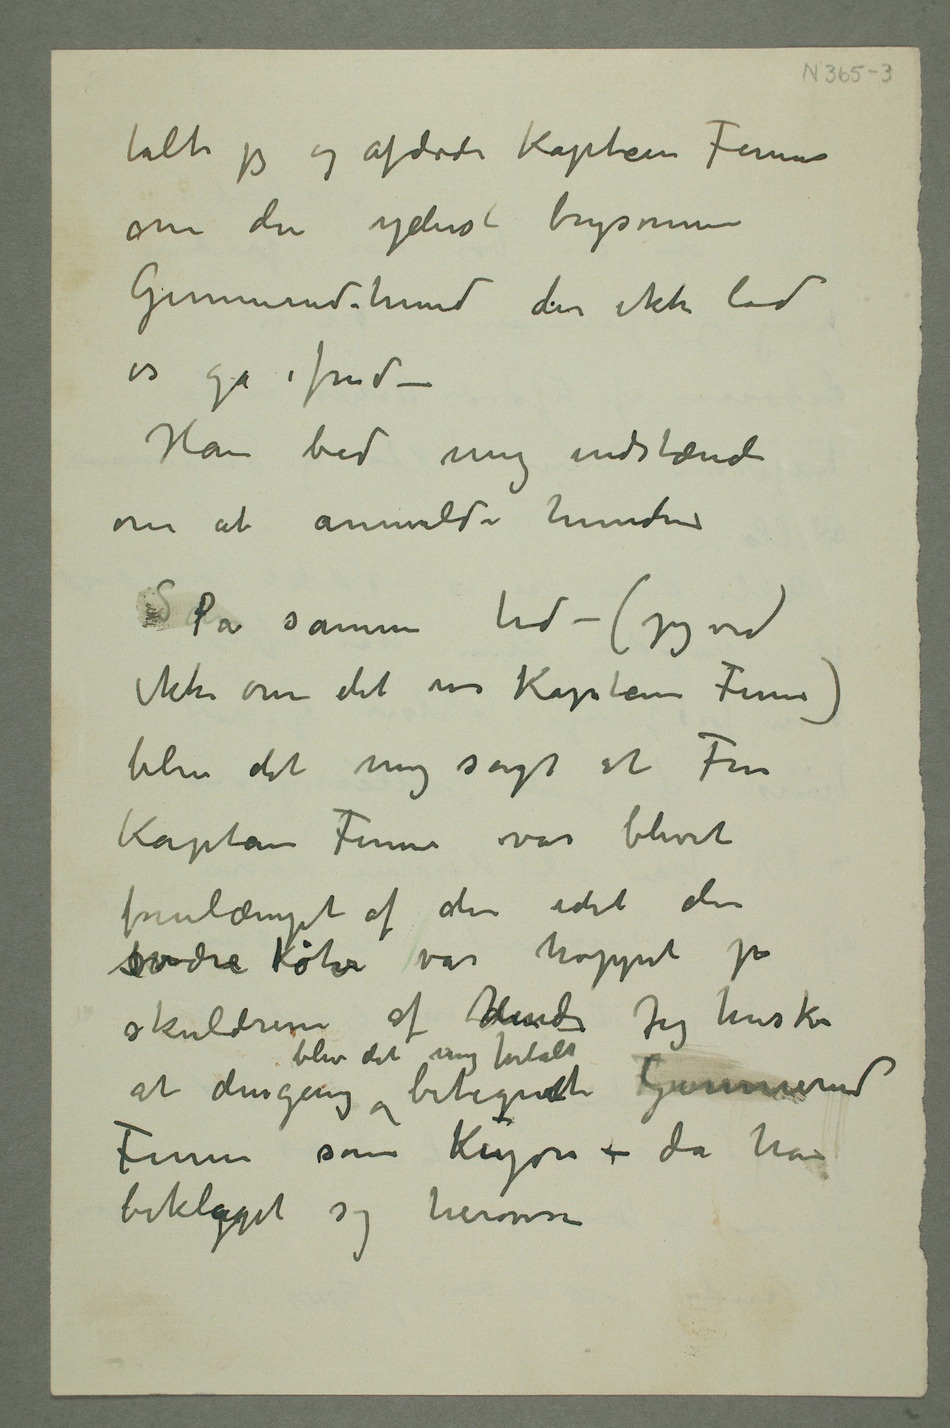
talte jeg og afdøde Kaptein Finne
om den yderst brysomme
Gunnerud-hund der ikke lod
os gå i fred –
Han bad mig instændi
om at anmelde hunden
Så På samme tid – (jeg ved
ikke om det var Kaptein Finne)
blev det mig sagt at Fru
Kaptein Finne var blevet
forulæmpet af den idet den
svære køter var hoppet på
skuldrene af denhendeJeg husker at dengang
blev det mig fortalt betegnet FinneGunnerud
Finne som Kujon – da han
beklgaget sig herover